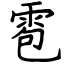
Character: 雹